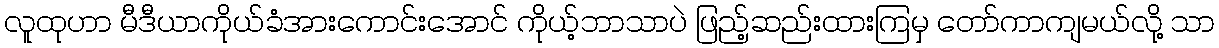
လူထုဟာ မီဒီယာကိုယ်ခံအားကောင်းအောင် ကိုယ့်ဘာသာပဲ ဖြည့်ဆည်းထားကြမှ တော်ကာကျမယ်လို့ သာ